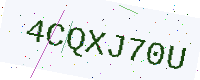
Text: 4CQXJ70U